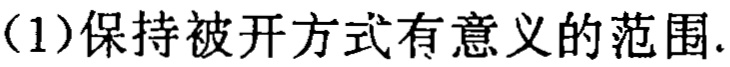
（1）保持被开方式有意义的范围.